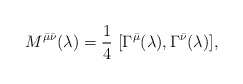
\begin{align*}M^{\bar{\mu} \bar{\nu}}(\lambda)=\frac{1}{4}~[\Gamma^{\bar{\mu}}(\lambda),\Gamma^{\bar{\nu}}(\lambda)],\end{align*}